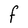
Character: F